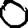
Digit: 0